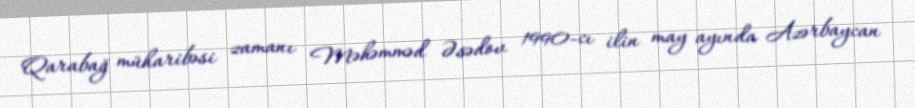
Qarabağ müharibəsi zamanı Məhəmməd Əsədov 1990-cı ilin may ayında Azərbaycan